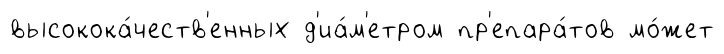
высокока́честв'енных д'иа́м'етром пр'епара́тов мо́жет